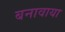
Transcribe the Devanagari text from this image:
बनावाया